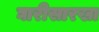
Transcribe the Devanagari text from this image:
घारीसारखा